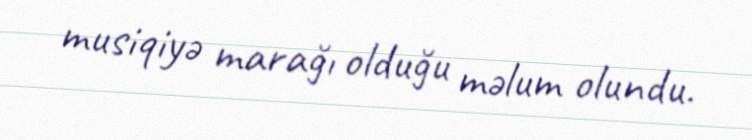
musiqiyə marağı olduğu məlum olundu.